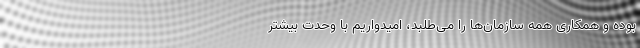
بوده و همکاری همه سازمان‌‌‌ها را می‌‌طلبد، امیدواریم با وحدت بیشتر